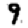
Digit: 9